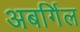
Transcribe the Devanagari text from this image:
अबर्गिल